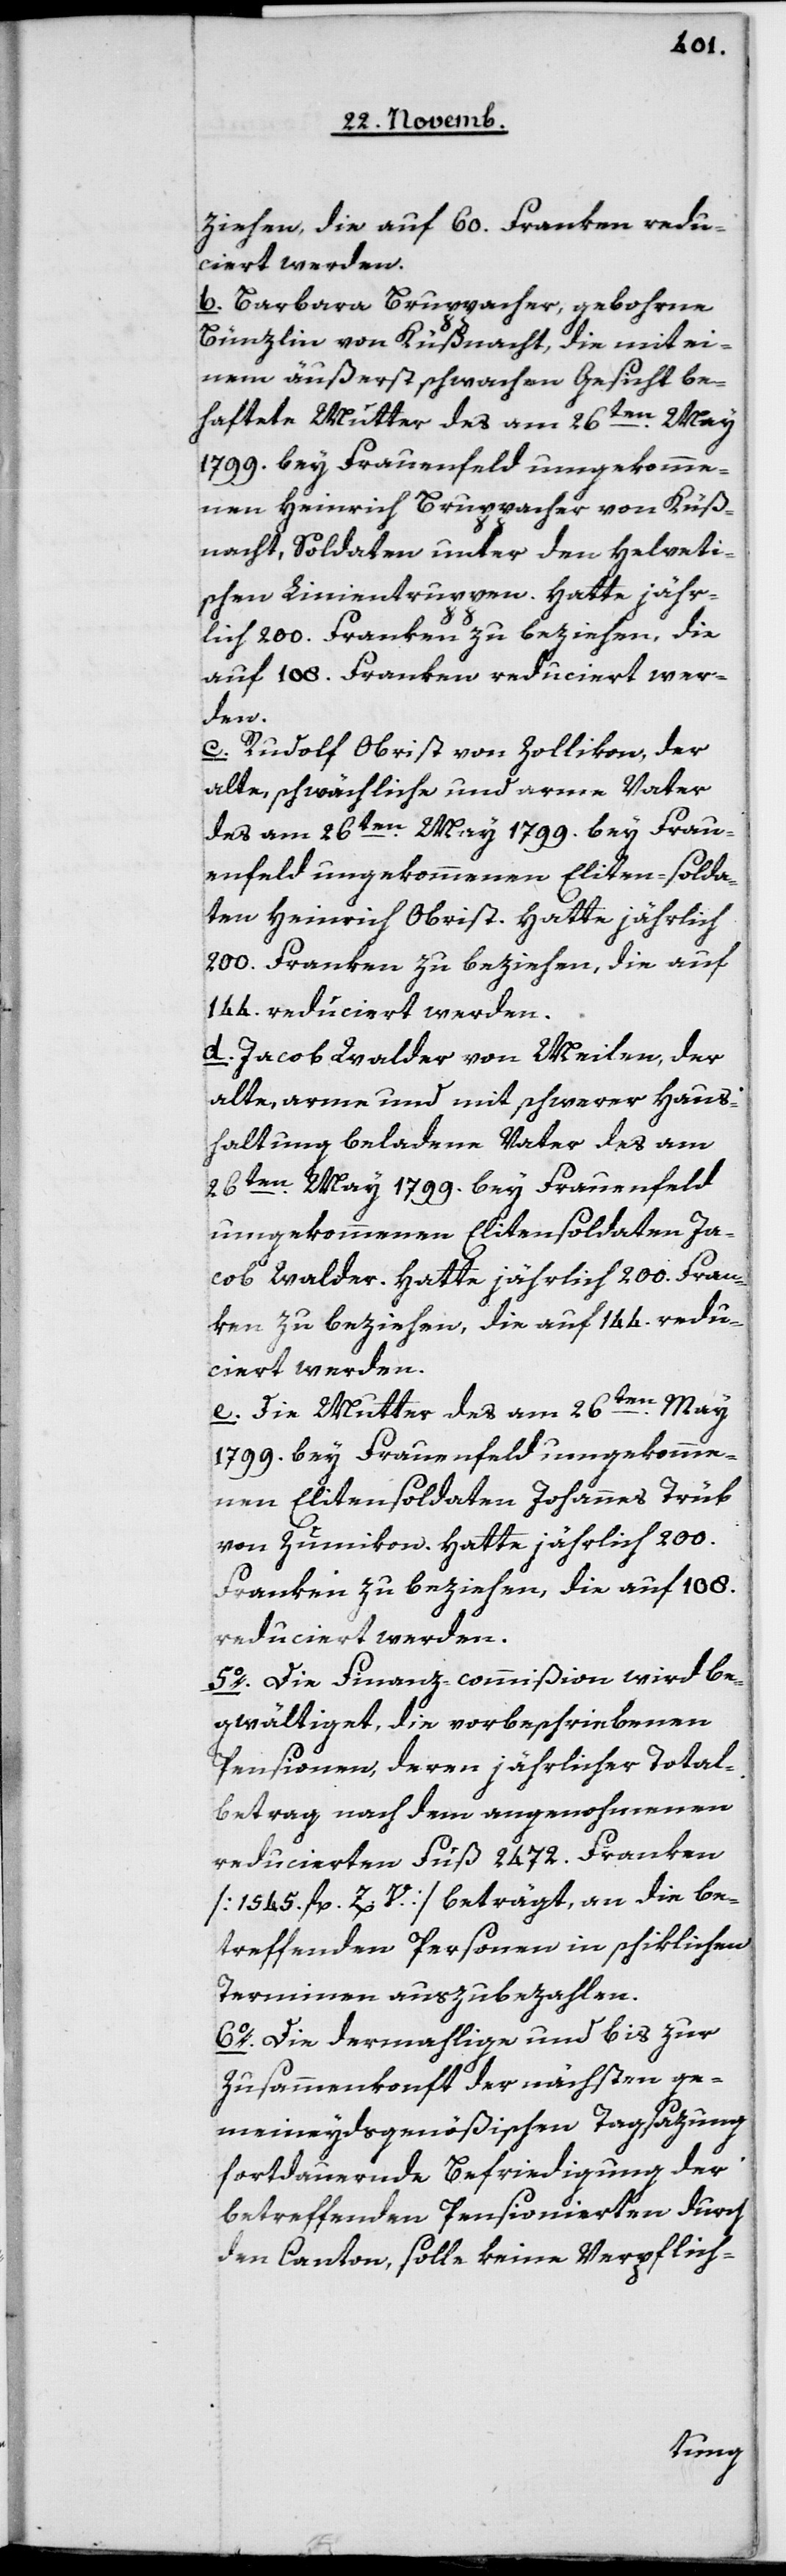
ziehen, die auf 60 Franken redu¬
ciert werden.
b. Barbara Bruppacher, gebohrene
Bünzlin von Küßnacht, die mit ei¬
nem äußerst schwachen Gesicht be¬
haftete Mutter des am 26ten May
1799 bey Frauenfeld umgekomme¬
nen Heinrich Bruppacher von Küß¬
nacht, Soldaten unter den helveti¬
schen Linientruppen. Hatte jähr¬
lich 200 Franken zu beziehen, die
auf 108 Franken reduciert wer¬
den.
c. Rudolf Obrist von Zollikon, der
alte, schwächliche und arme Vater
des am 26ten May 1799 bey Frau¬
enfeld umgekommenen Elitensolda¬
ten Heinrich Obrist. Hatte jährlich
200 Franken zu beziehen, die auf
144 reduciert werden.
d. Jacob Walder von Meilen, der
alte, arme und mit schwerer Haus¬
haltung beladene Vater des am
26ten May 1799 bey Frauenfeld
umgekommenen Elitensoldaten Ja¬
cob Walder. Hatte jährlich 200 Fran¬
ken zu beziehen, die auf 144 redu¬
ciert werden.
e. Die Mutter des am 26ten May
1799 bey Frauenfeld umgekomme¬
nen Elitensoldaten Johannes Trüb
von Zumikon. Hatte jährlich 200
Franken zu beziehen, die auf 108
reduciert werden.
5o Die Finanz-commißion wird be¬
gwältiget, die vorbeschriebenen
Pensionen, deren jährlicher Total¬
betrag nach dem angenohmenen
reducierten Fuß 2472 Franken
[1545 fl. Z. V.] beträgt, an die be¬
treffenden Personen in schiklichen
Terminen auszubezahlen.
6o Die dermahlige und bis zur
Zusammenkunft der nächsten ge¬
meineydsgenößischen Tagsazung
fortdauernde Befriedigung der
betreffenden Pensionierten durch
den Canton, solle keine Verpflich-